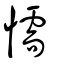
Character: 懦